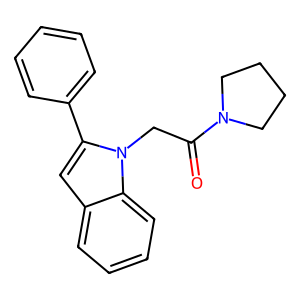
SMILES: O=C(Cn1c(-c2ccccc2)cc2ccccc21)N1CCCC1
Inhibits HIV replication: No